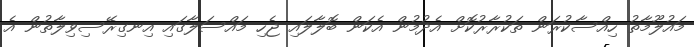
މައުލޫމާތު ހިއްސާކުރަން ތަކުރާރުކޮށް އެދުމުން އެކަން ބޮލާލައި ޖެހި މައްސަލާގައި އިނގިރޭސިވިލާތުން އެ